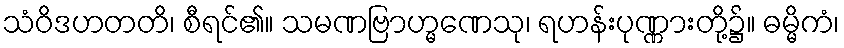
သံဝိဒဟတတိ၊ စီရင်၏။ သမဏဗြာဟ္မဏေသု၊ ရဟန်းပုဏ္ဏားတို့၌။ ဓမ္မိကံ၊